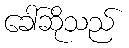
ခေါ်ဆိုသည်